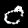
Label: 0